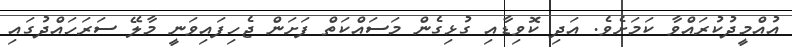
އުއްމީދުކުރައްވާ ކަމަށެވެ. އަދި ކޮވިޑާއި ގުޅިގެން މަސައްކަތް ފަށަން ޖެހިފައިވަނީ މާލޭ ސަރަހައްދުގައި